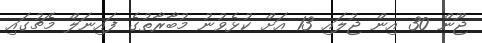
ޖޫން 30 އިން ޖުލައި 13 އަށް ކުޅެވުނު މުބާރާތުގެ ފައިނަލް މެޗުގައި